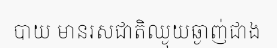
បាយ មានរសជាតិឈ្ងុយឆ្ងាញ់ជាង